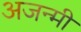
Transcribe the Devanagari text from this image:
अजन्मी